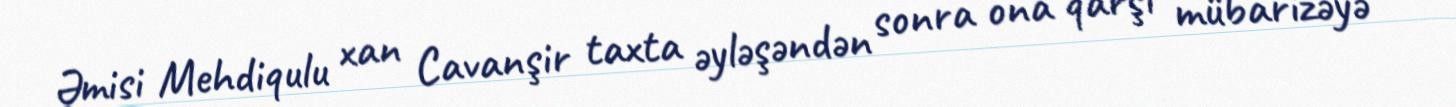
Əmisi Mehdiqulu xan Cavanşir taxta əyləşəndən sonra ona qarşı mübarizəyə